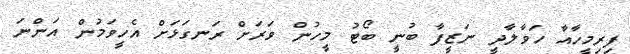
ފިރިމީހާއާ ހަވާލާދީ ނަޒީފާ ބުނީ ބޯޓު މީހުން ވަރަށް ރަނގަޅަށް އެހީވަމުން އަންނަ